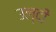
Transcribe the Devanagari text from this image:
उल्दी